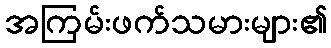
အကြမ်းဖက်သမားများ၏